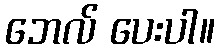
ဘေလ် ပေးပါ။